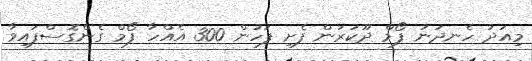
މިއަދު ހެނދުނު ފޯމް ދޫކުރަން ފެށި ފަހުން 300 އެއްހާ ފޯމް ގެންގޮސްފައިވާ